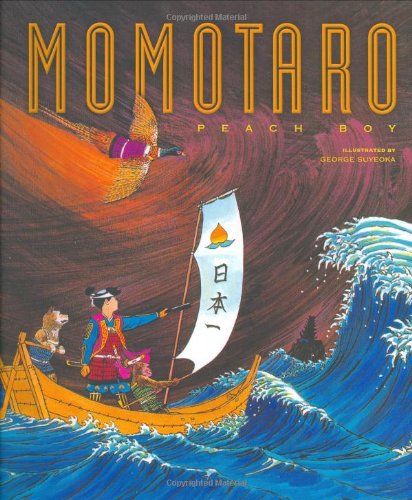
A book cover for Momotaro; Children's Books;